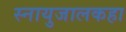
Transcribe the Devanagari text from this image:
स्नायुजालकहा